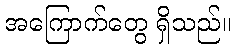
အကြောက်တွေ ရှိသည်။